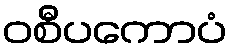
ဝစီပကောပံ